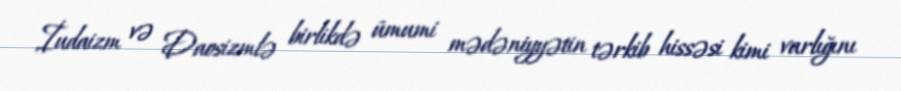
İudaizm və Daosizmlə birlikdə ümumi mədəniyyətin tərkib hissəsi kimi varlığını